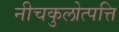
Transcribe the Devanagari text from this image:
नीचकुलोत्पत्ति